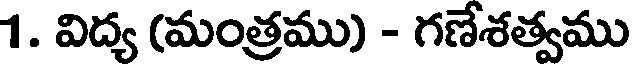
1. విద్య (మంత్రము) - గణేశత్వము